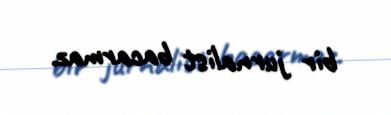
bir jurnalist bacarmaz.